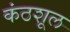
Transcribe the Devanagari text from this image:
कंठशूल